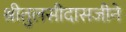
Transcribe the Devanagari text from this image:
श्रीतुलसीदासजीने